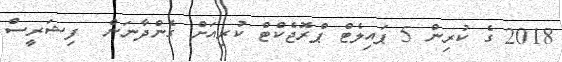
2018 ގެ ކުރިން 5 ޕައިލެޓް ޕްރޮޖެކްޓް ކުރިއަށް ގެންދާނަން  ފިޝަރީސް